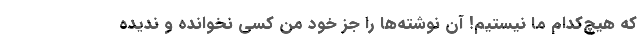
که هیچ‌کدام ما نیستیم! آن نوشته‌ها را جز خود من کسی نخوانده و ندیده